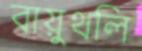
বায়ুথলি